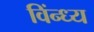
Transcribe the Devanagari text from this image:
विंन्ध्य